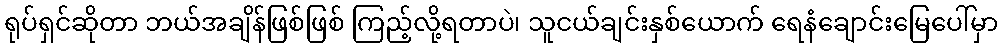
ရုပ်ရှင်ဆိုတာ ဘယ်အချိန်ဖြစ်ဖြစ် ကြည့်လို့ရတာပဲ၊ သူငယ်ချင်းနှစ်ယောက် ရေနံချောင်းမြေပေါ်မှာ